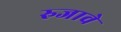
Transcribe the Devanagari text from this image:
रुजावे